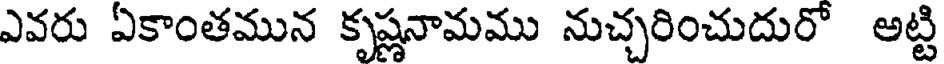
ఎవరు ఏకాంతమున కృష్ణనామము నుచ్చరించుదురో అట్టి